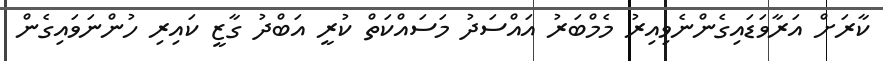
ކާރަށް އަރާވަޑައިގެންނެވިއިރު މެމްބަރު އައްސަދު މަސައްކަތް ކުރީ އަބްދު ގާޒީ ކައިރި ހުންނަވައިގެން